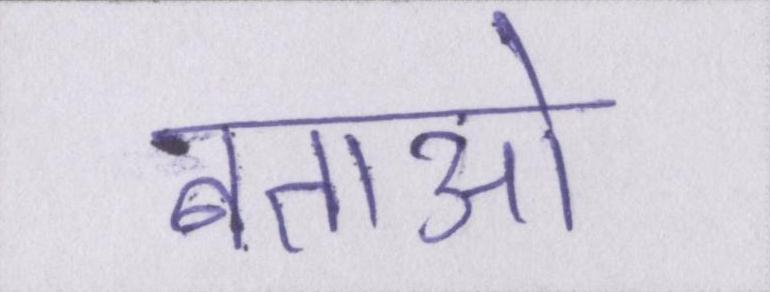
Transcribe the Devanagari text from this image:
बताओ